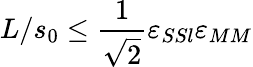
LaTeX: L/s_{0}\leq\frac{1}{\sqrt 2}\varepsilon_{SSl}\varepsilon_{MM}